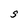
Character: S